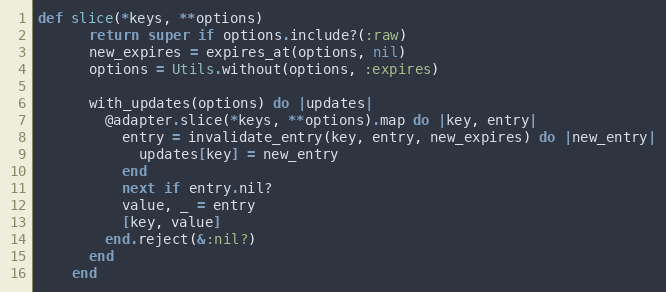
Language: Ruby
def slice(*keys, **options)
      return super if options.include?(:raw)
      new_expires = expires_at(options, nil)
      options = Utils.without(options, :expires)

      with_updates(options) do |updates|
        @adapter.slice(*keys, **options).map do |key, entry|
          entry = invalidate_entry(key, entry, new_expires) do |new_entry|
            updates[key] = new_entry
          end
          next if entry.nil?
          value, _ = entry
          [key, value]
        end.reject(&:nil?)
      end
    end